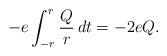
LaTeX: \begin{align*}- e \int_{-r}^r \frac{Q}{r} \, dt = - 2 e Q.\end{align*}